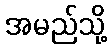
အမည်သို့